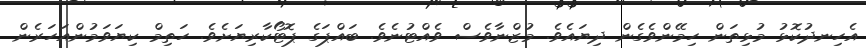
އެހިނދުކޮޅު މުޅިތަން ހިމޭންވެގެން ދިޔައެވެ. މުޒްނާވެސް ވެއްޓުނެވެ. ބައްޕަގެ ޕޮޓޯކާރިޔަށެވެ. ހަތިމް ކިޔަވަމުންއަހަރެން